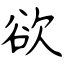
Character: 欲